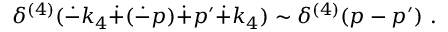
\delta ^ { ( 4 ) } ( \dot { - } k _ { 4 } \dot { + } ( \dot { - } p ) \dot { + } p ^ { \prime } \dot { + } k _ { 4 } ) \sim \delta ^ { ( 4 ) } ( p - p ^ { \prime } ) ~ .